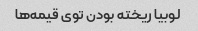
لوبیا ریخته بودن توی قیمه‌ها